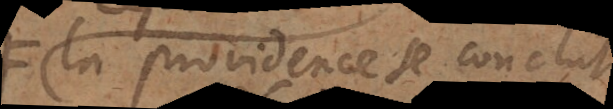
la providence se conclut